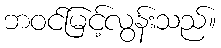
ဘဝင်မြင့်လွန်းသည်။